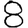
Digit: 8